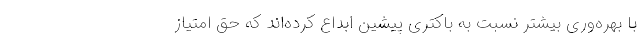
با بهره‌وری بیشتر نسبت به باکتری پیشین ابداع کرده‌اند که حق امتیاز